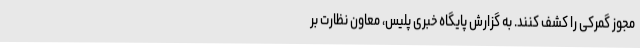
مجوز گمرکی را کشف کنند. به گزارش پایگاه خبری پلیس، معاون نظارت بر